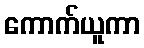
ကောက်ယူကာ